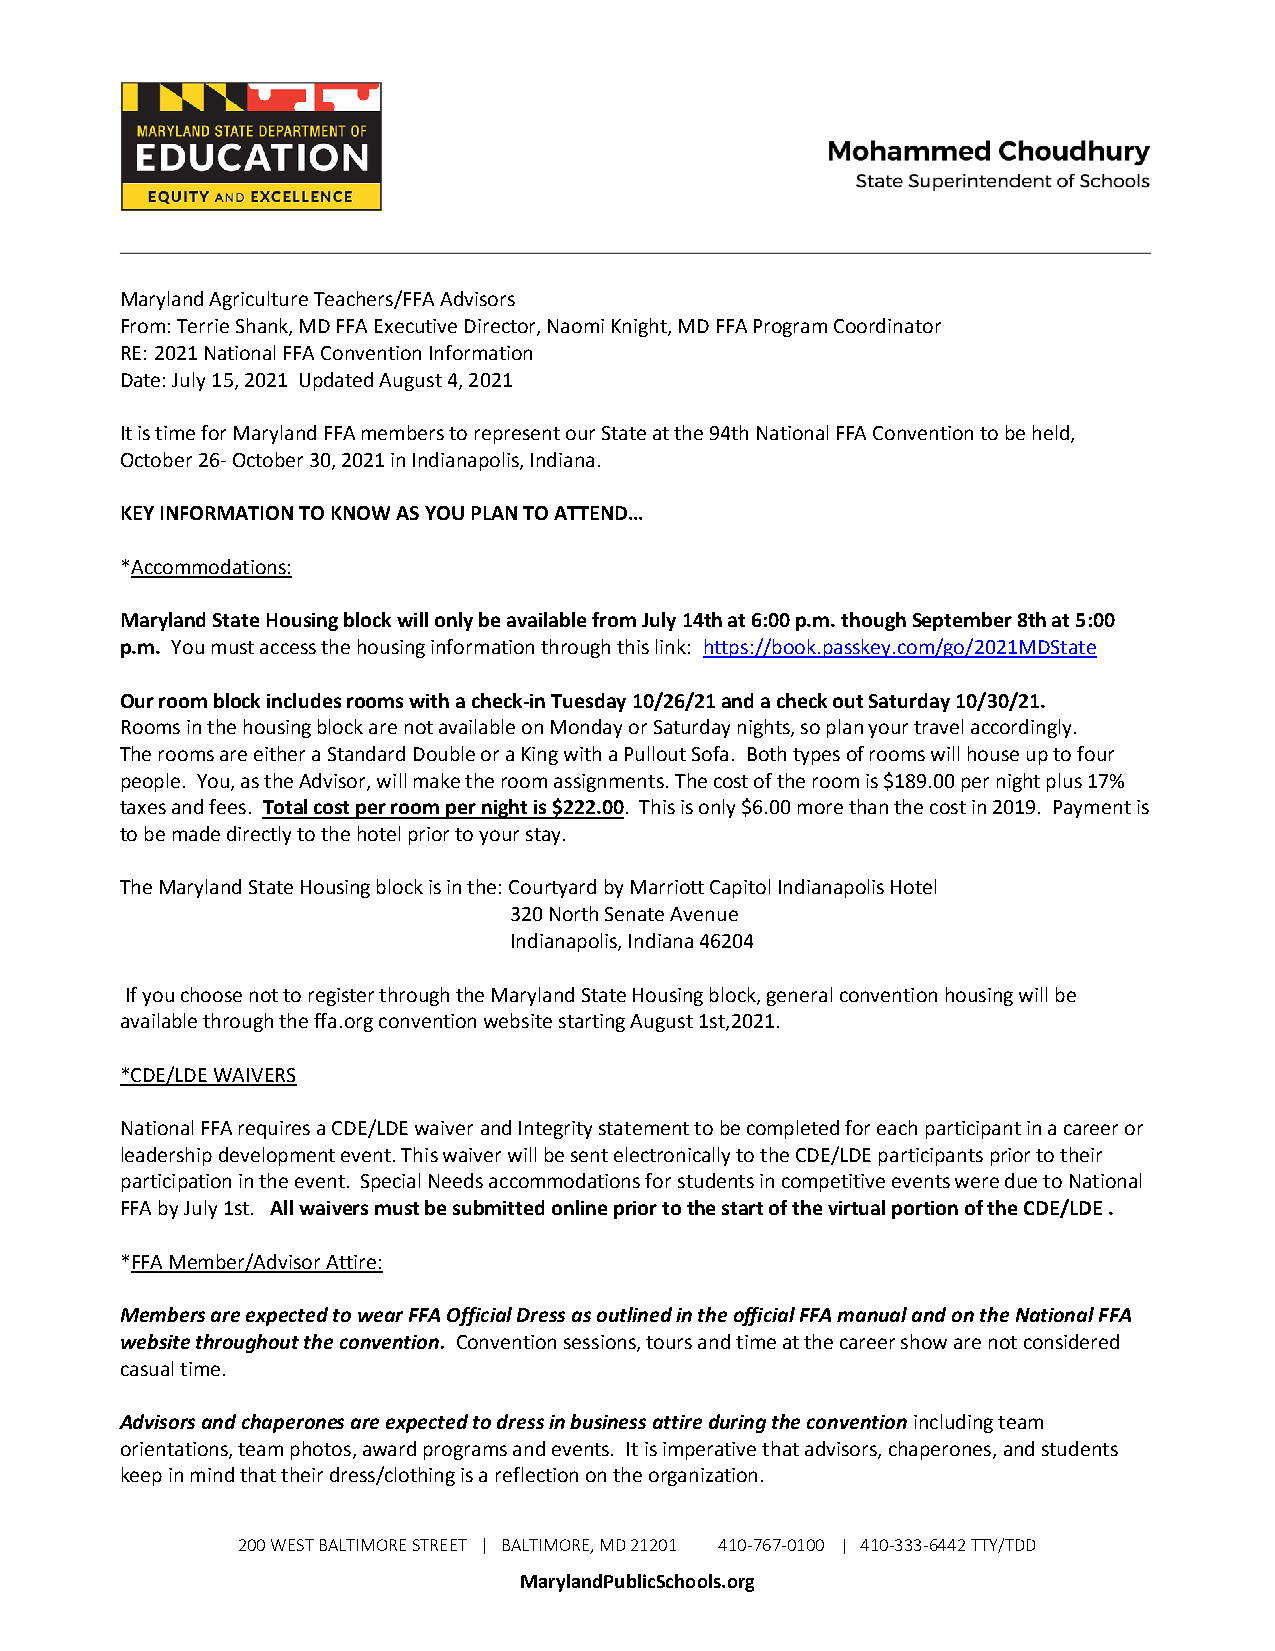
Maryland Agriculture Teachers/FFA Advisors
 From: Terrie Shank, MD FFA Executive Director, Naomi Knight, MD FFA Program Coordinator
 RE: 2021 National FFA Convention Information
 Date: July 15, 2021 Updated August 4, 2021
 It is time for Maryland FFA members to represent our State at the 94th National FFA Convention to be held,
 October 26- October 30, 2021 in Indianapolis, Indiana.
 KEY INFORMATION TO KNOW AS YOU PLAN TO ATTEND…
 *Accommodations:
 Maryland State Housing block will only be available from July 14th at 6:00 p.m. though September 8th at 5:00
 p.m. You must access the housing information through this link: https://book.passkey.com/go/2021MDState
 Our room block includes rooms with a check-in Tuesday 10/26/21 and a check out Saturday 10/30/21.
 Rooms in the housing block are not available on Monday or Saturday nights, so plan your travel accordingly.
 The rooms are either a Standard Double or a King with a Pullout Sofa. Both types of rooms will house up to four
 people. You, as the Advisor, will make the room assignments. The cost of the room is $189.00 per night plus 17%
 taxes and fees. Total cost per room per night is $222.00. This is only $6.00 more than the cost in 2019. Payment is
 to be made directly to the hotel prior to your stay.
 The Maryland State Housing block is in the: Courtyard by Marriott Capitol Indianapolis Hotel
 320 North Senate Avenue
 Indianapolis, Indiana 46204
 If you choose not to register through the Maryland State Housing block, general convention housing will be
 available through the ffa.org convention website starting August 1st,2021.
 *CDE/LDE WAIVERS
 National FFA requires a CDE/LDE waiver and Integrity statement to be completed for each participant in a career or
 leadership development event. This waiver will be sent electronically to the CDE/LDE participants prior to their
 participation in the event. Special Needs accommodations for students in competitive events were due to National
 FFA by July 1st. All waivers must be submitted online prior to the start of the virtual portion of the CDE/LDE .
 *FFA Member/Advisor Attire:
 Members are expected to wear FFA Official Dress as outlined in the official FFA manual and on the National FFA
 website throughout the convention. Convention sessions, tours and time at the career show are not considered
 casual time.
 Advisors and chaperones are expected to dress in business attire during the convention including team
 orientations, team photos, award programs and events. It is imperative that advisors, chaperones, and students
 keep in mind that their dress/clothing is a reflection on the organization.
 200 WEST BALTIMORE STREET | BALTIMORE, MD 21201 410-767-0100 | 410-333-6442 TTY/TDD
 MarylandPublicSchools.org